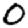
Digit: 0